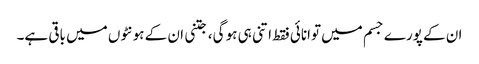
ان کے پورے جسم میں توانائی فقط اتنی ہی ہو گی، جتنی ان کے ہونٹوں میں باقی ہے۔